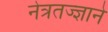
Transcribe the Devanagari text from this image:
नेत्रतज्ज्ञाने